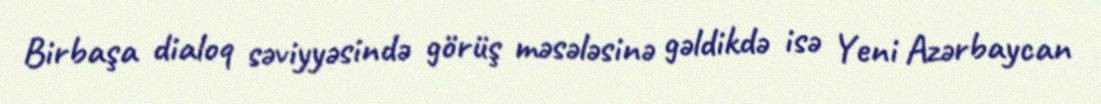
Birbaşa dialoq səviyyəsində görüş məsələsinə gəldikdə isə Yeni Azərbaycan